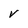
Character: v